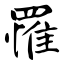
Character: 罹